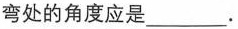
弯处的角度应是___。